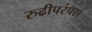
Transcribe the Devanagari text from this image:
रुढीपरंपरा